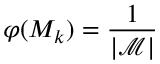
\varphi ( M _ { k } ) = \frac { 1 } { | \mathcal { M } | }